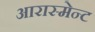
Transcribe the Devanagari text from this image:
आरास्मेन्ट